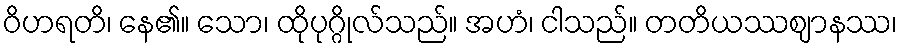
ဝိဟရတိ၊ နေ၏။ သော၊ ထိုပုဂ္ဂိုလ်သည်။ အဟံ၊ ငါသည်။ တတိယဿဈာနဿ၊